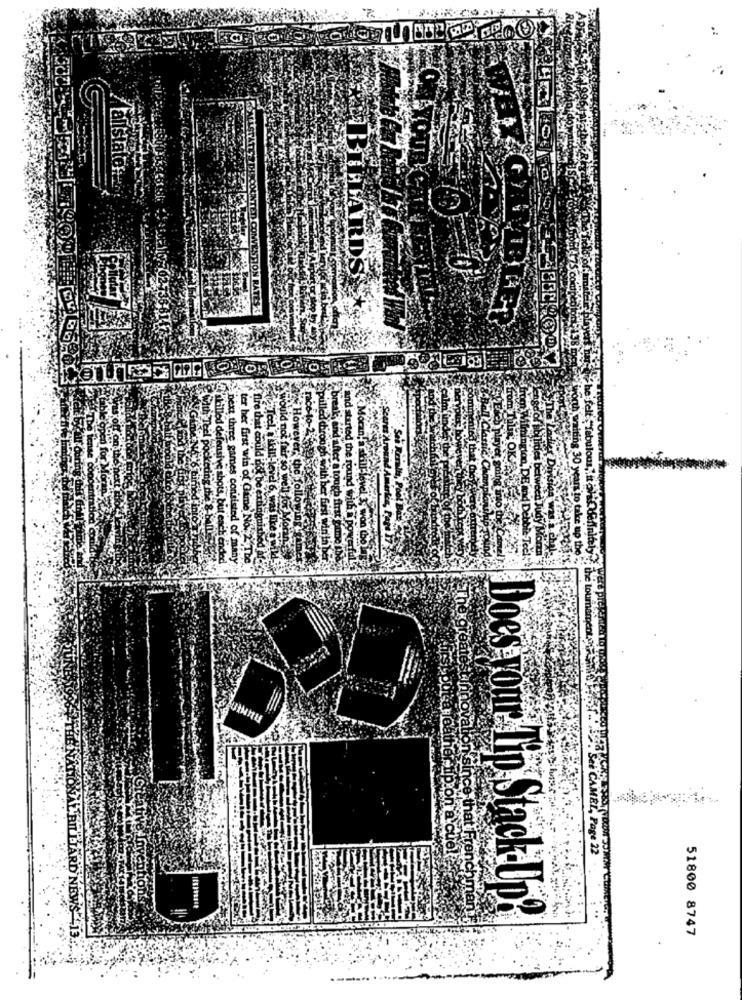
Hallstatoken
BILLARDS
would
next thr
ter her'
fire Ust
the re
games con
first win of G
UtMinu
tfnovalk
hat
Does Tour Lip Stack Up?
51800 8747